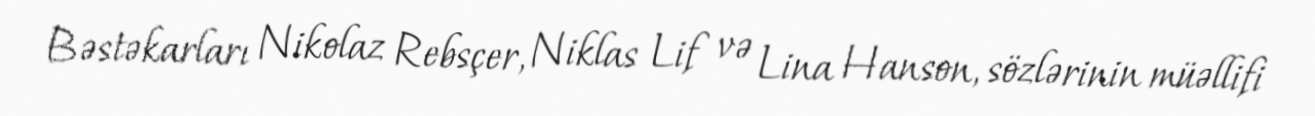
Bəstəkarları Nikolaz Rebsçer, Niklas Lif və Lina Hanson, sözlərinin müəllifi